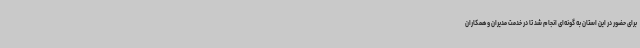
برای حضور در این استان به گونه‌ای انجام شد تا در خدمت مدیران و همکاران